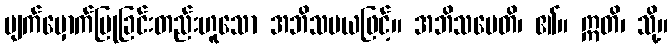
မျက်မှောက်ပြုခြင်းတည်းဟူသော အဘိသမယဖြင့်။ အဘိသမေတိ၊ ၏။ ဣတိ၊ သို့။